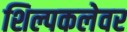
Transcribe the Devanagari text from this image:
शिल्पकलेवर